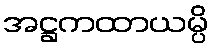
အဋ္ဌကထာယမ္ပိ